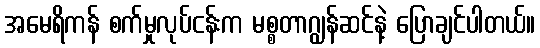
အမေရိကန် စက်မှုလုပ်ငန်းက မစ္စတာဂျွန်ဆင်နဲ့ ပြောချင်ပါတယ်။